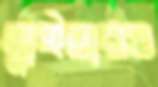
স্নাইডারও